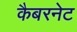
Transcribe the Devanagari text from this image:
कैबरनेट